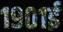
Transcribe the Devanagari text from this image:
१९०१ई